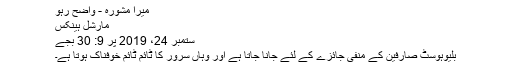
میرا مشورہ - واضح رہو
مارشل ہینکس
ستمبر 24، 2019 پر 9: 30 بجے
بلیوہوسٹ صارفین کے منفی جائزے کے لئے جانا جاتا ہے اور وہاں سرور کا ٹائم ٹائم خوفناک ہوتا ہے۔